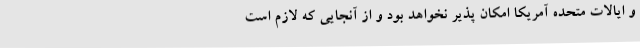
و ایالات متحده آمریکا امکان پذیر نخواهد بود و از آنجایی که لازم است